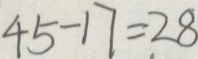
4 5 - 1 7 = 2 8